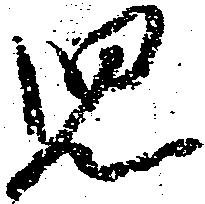
児